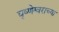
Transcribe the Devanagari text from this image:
घृष्णेश्वराच्या